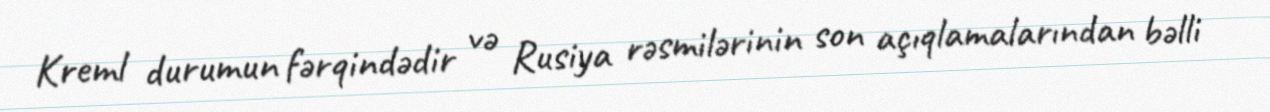
Kreml durumun fərqindədir və Rusiya rəsmilərinin son açıqlamalarından bəlli